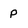
Character: P